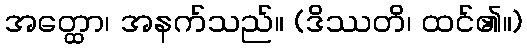
အတ္ထော၊ အနက်သည်။ (ဒိဿတိ၊ ထင်၏။)